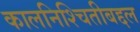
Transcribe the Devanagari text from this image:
कालनिश्चितीबद्दल